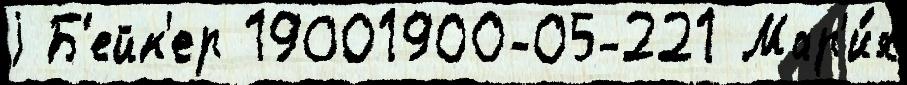
j Б'ейк'ер 19001900-05-221 Мар'и́я